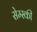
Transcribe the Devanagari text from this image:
सेम्स्की